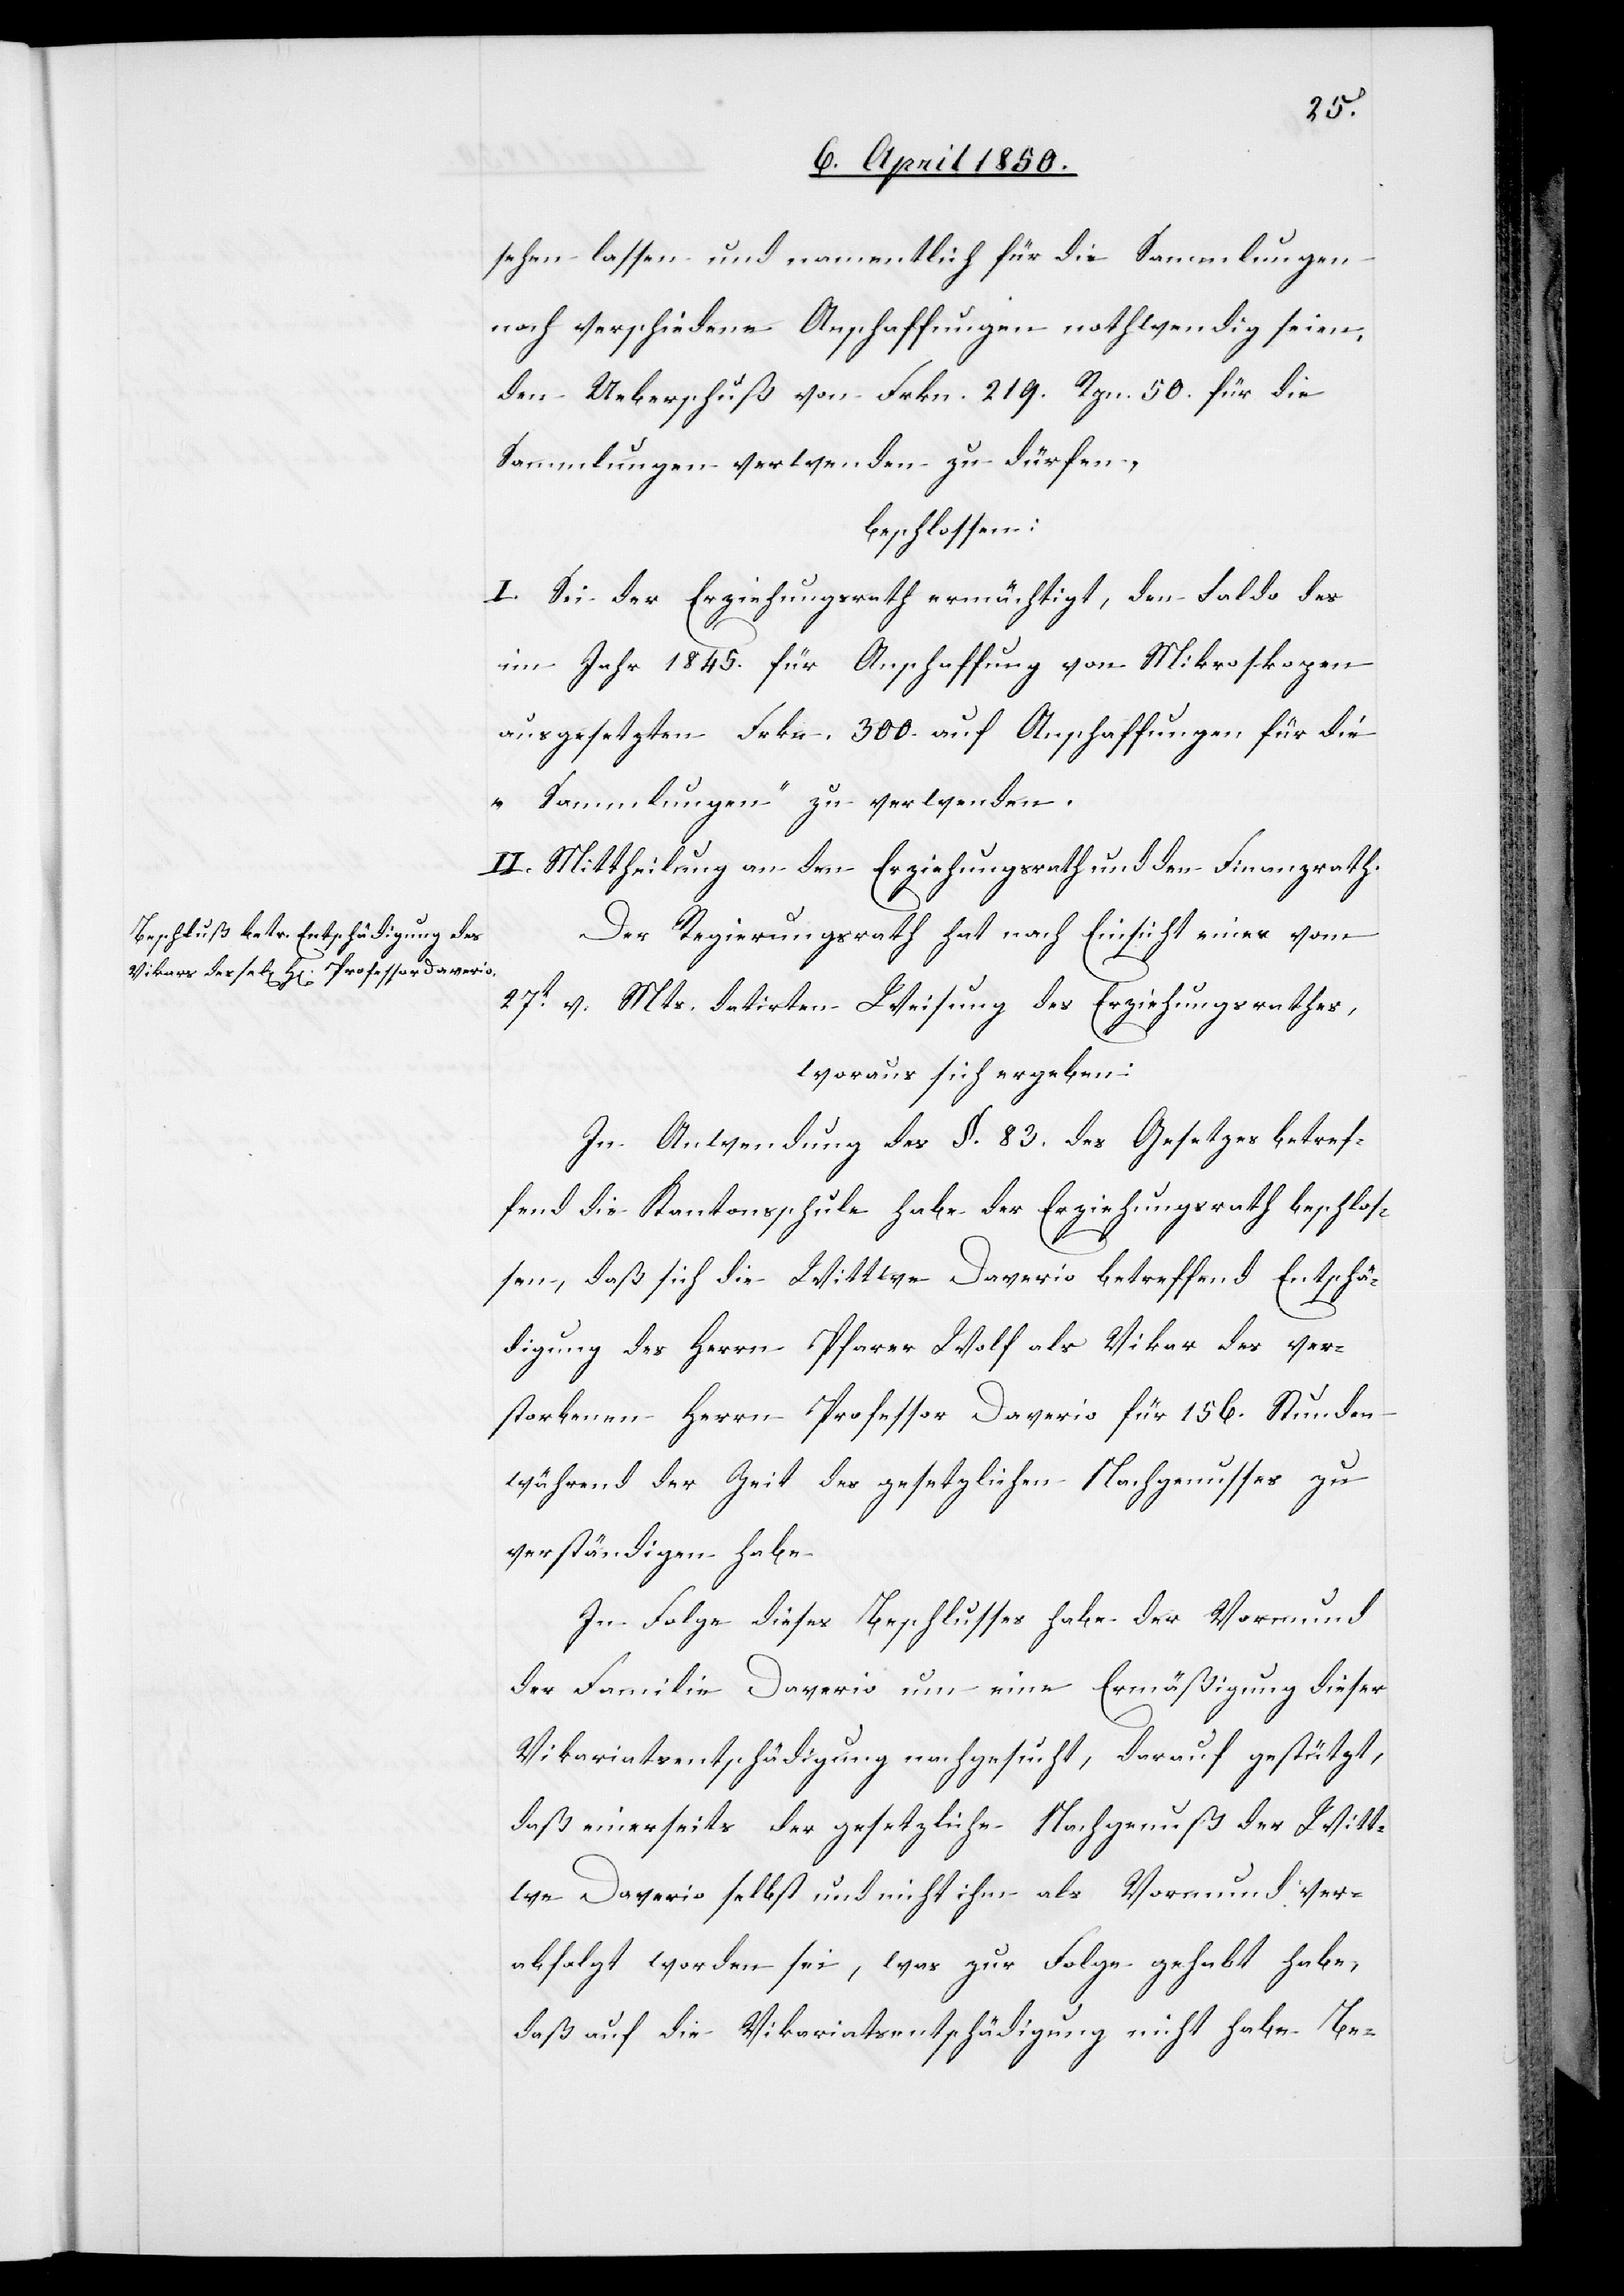
sehen lassen und namentlich für die Sammlungen
noch verschiedene Anschaffungen nothwendig seien,
den Ueberschuß von Frkn. 219. Rpn. 50. für die
Sammlungen verwenden zu dürfen,
beschlossen:
I. Sei der Erziehungsrath ermächtigt, den Saldo des
im Jahr 1845. für Anschaffung von Mikroskopen
ausgesetzten Frkn. 300. auf Anschaffungen für die
„Sammlungen“ zu verwenden.
II. Mittheilung an den Erziehungsrath und den Finanzrath.
Der Regierungsrath hat nach Einsicht einer vom
27t v. Mts. datirten Weisung des Erziehungsrathes,
woraus sich ergeben:
In Anwendung des §. 83. des Gesetzes betref¬
fend die Kantonsschule habe der Erziehungsrath beschlos¬
sen, daß sich die Wittwe Davario betreffend Entschä¬
digung des Herrn Pfarrer Wolf als Vikar des ver¬
storbenen Herrn Professor Davario für 156. Stunden
während der Zeit des gesetzlichen Nachgenusses zu
verständigen habe.
In Folge dieses Beschlusses habe der Vormund
der Familie Davario um eine Ermäßigung dieser
Vikariatsentschädigung nachgesucht, darauf gestützt,
daß einerseits der gesetzliche Nachgenuß der Witt¬
we Davario selbst und nicht ihm als Vormund ver¬
abfolgt worden sei, was zur Folge gehabt habe,
daß auf die Vikariatsentschädigung nicht habe Be-